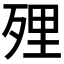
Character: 𭮔